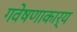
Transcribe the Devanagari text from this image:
गवेषणाकार्य